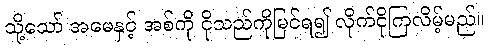
သို့သော် အမေနှင့် အစ်ကို ငိုသည်ကိုမြင်ရ၍ လိုက်ငိုကြလိမ့်မည်။